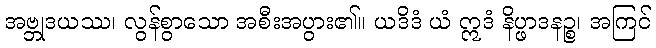
အဗ္ဘုဒယဿ၊ လွန်စွာသော အစီးအပွား၏။ ယဒိဒံ ယံ ဣဒံ နိပ္ဖာဒနဉ္စ၊ အကြင်